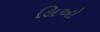
લિઓ